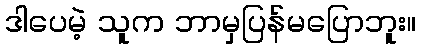
ဒါပေမဲ့ သူက ဘာမှပြန်မပြောဘူး။